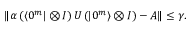
\begin{array} { r } { \left\| \alpha \left( \left\langle 0 ^ { m } \right| \otimes I \right) U \left( \left| 0 ^ { m } \right\rangle \otimes I \right) - A \right\| \le \gamma . } \end{array}